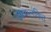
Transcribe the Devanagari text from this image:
अकलंकित